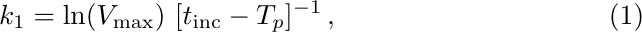
\begin{equation}
    k_1 = \ln(V_{\text{max}})~[t_{\text{inc}} - T_p]^{-1}\,,
\end{equation}